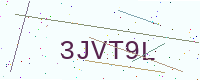
Text: 3JVT9L